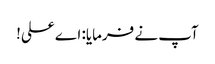
آپ نے فرمایا: اے علی!